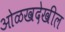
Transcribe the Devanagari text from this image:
ओळखदेखील